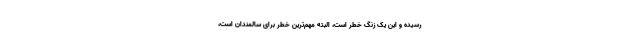
رسیده و این یک زنگ خطر است، البته مهم‌ترین خطر برای سالمندان است،